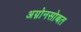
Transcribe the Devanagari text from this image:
अग्नोनसोबत